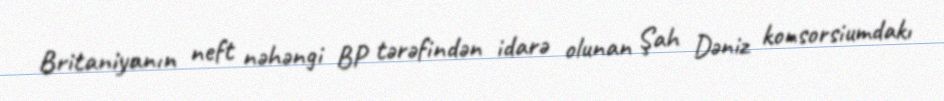
Britaniyanın neft nəhəngi BP tərəfindən idarə olunan Şah Dəniz konsorsiumdakı